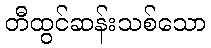
တီထွင်ဆန်းသစ်သော